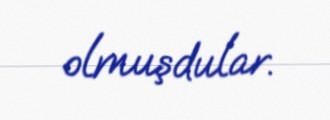
olmuşdular.